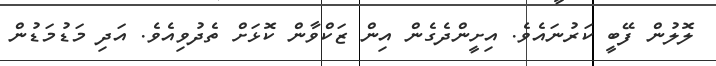
ލޮލުން ފޭބީ ކަރުނައެވެ. އިށީންދެގެން އިން ޒަކްވާން ކޮޅަށް ތެދުވިއެވެ. އަދި މަޑުމަޑުން